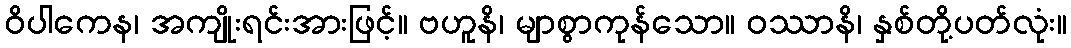
ဝိပါကေန၊ အကျိုးရင်းအားဖြင့်။ ဗဟူနိ၊ မျာစွာကုန်သော။ ဝဿာနိ၊ နှစ်တို့ပတ်လုံး။